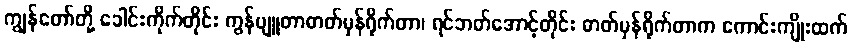
ကျွန်တော်တို့ ခေါင်းကိုက်တိုင်း ကွန်ပျူတာဓာတ်မှန်ရိုက်တာ၊ ရင်ဘတ်အောင့်တိုင်း ဓာတ်မှန်ရိုက်တာက ကောင်းကျိုးထက်